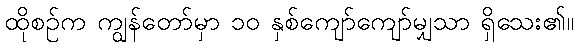
ထိုစဉ်က ကျွန်တော်မှာ ၁၀ နှစ်ကျော်ကျော်မျှသာ ရှိသေး၏။